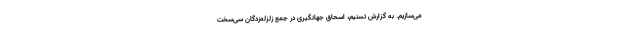
می‌سازیم. به گزارش تسنیم، اسحاق جهانگیری در جمع زلزله‌زدگان سی‌سخت